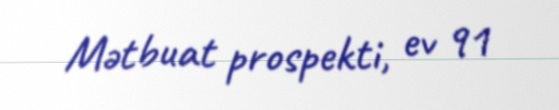
Mətbuat prospekti, ev 91